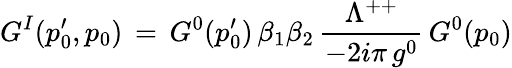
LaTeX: G^{I}(p_{0}^{\prime},p_{0})\, =\, G^{0}(p_{0}^{\prime})\, \beta_{1}\beta_{2}\, {\frac{\Lambda^{++}}{-2i\pi\, g^{0}}}\, G^{0}(p_{0})